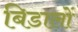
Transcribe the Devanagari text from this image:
बिडालों